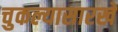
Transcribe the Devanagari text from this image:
चुकल्यासारखे